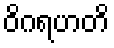
ဝိဂရဟတိ